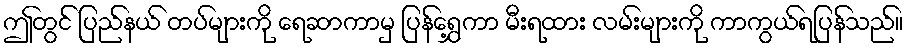
ဤတွင် ပြည်နယ် တပ်များကို ရေဆာကာမှ ပြန်ရွှေ့ကာ မီးရထား လမ်းများကို ကာကွယ်ရပြန်သည်။